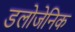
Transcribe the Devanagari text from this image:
डलोजेनिक